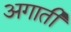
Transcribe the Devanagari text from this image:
अगाती